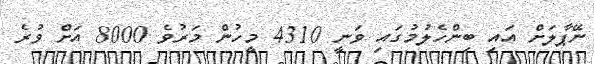
ނޭޕާލަށް އައި ބިންހެލުމުގައި ވަނީ 4310 މީހުން މަރުވެ 8000 އަށް ވުރެ